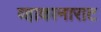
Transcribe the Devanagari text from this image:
व्हाकानाराट